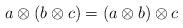
LaTeX: \begin{align*}a\otimes(b\otimes c)=(a\otimes b)\otimes c\end{align*}